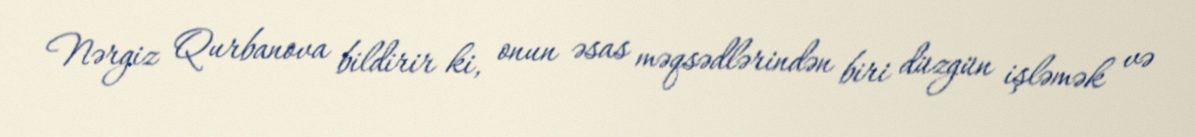
Nərgiz Qurbanova bildirir ki, onun əsas məqsədlərindən biri düzgün işləmək və